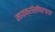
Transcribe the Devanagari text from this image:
मायक्रॉसॉफ्टच्या